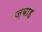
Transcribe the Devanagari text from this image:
ज़बाह